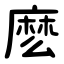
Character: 麽